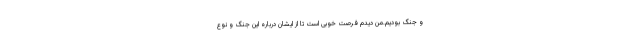
و جنگ بودیم.من دیدم فرصت خوبی است تا از ایشان درباره این جنگ و نوع